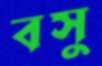
বসু